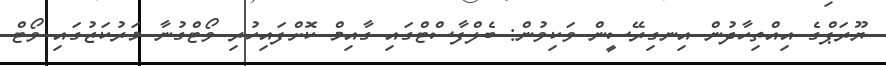
ޔޫރަޕްގެ އިއްތިހާދުން އިނގިރޭސީން ވަކިވުން: ބެލްފާސްޓްގައި ގާއިމް ކޮށްފައިހުރި ވޯޓްގުނާ މަރުކަޒުގައި ވޯޓް